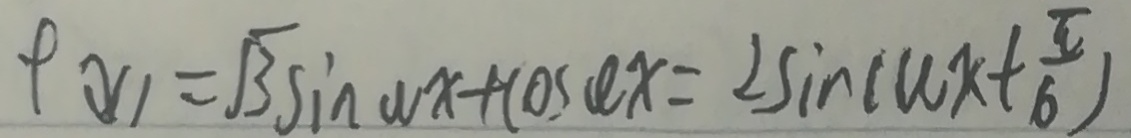
\rho ( x ) = \sqrt { 3 } \sin w x + \cos w x = 2 \sin ( w x + \frac { \pi } { 6 } )